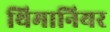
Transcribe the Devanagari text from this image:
थिमानियर